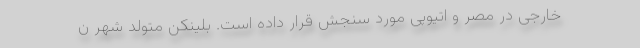
خارجی در مصر و اتیوپی مورد سنجش قرار داده است. بلینکن متولد شهر ن